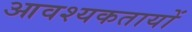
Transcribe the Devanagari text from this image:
आवश्यकतायों